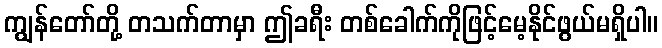
ကျွန်တော်တို့ တသက်တာမှာ ဤခရီး တစ်ခေါက်ကိုဖြင့်မေ့နိုင်ဖွယ်မရှိပါ။